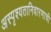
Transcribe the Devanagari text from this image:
अस्पृश्‍यतानिवारणाची